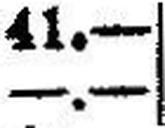
—.—